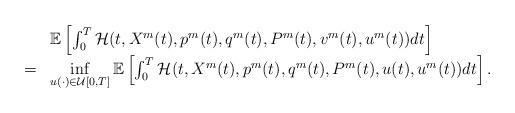
LaTeX: \begin{align*}\begin{array}[c]{rl}& \mathbb{E}\left[ \int_{0}^{T}\mathcal{H}(t,X^{m}(t),p^{m}(t),q^{m}(t),P^{m}(t),v^{m}(t),u^{m}(t))dt\right] \\= & \inf\limits_{u(\cdot)\in\mathcal{U}[0,T]}\mathbb{E}\left[ \int_{0}^{T}\mathcal{H}(t,X^{m}(t),p^{m}(t),q^{m}(t),P^{m}(t),u(t),u^{m}(t))dt\right].\end{array}\end{align*}